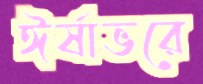
ঈর্ষাভরে